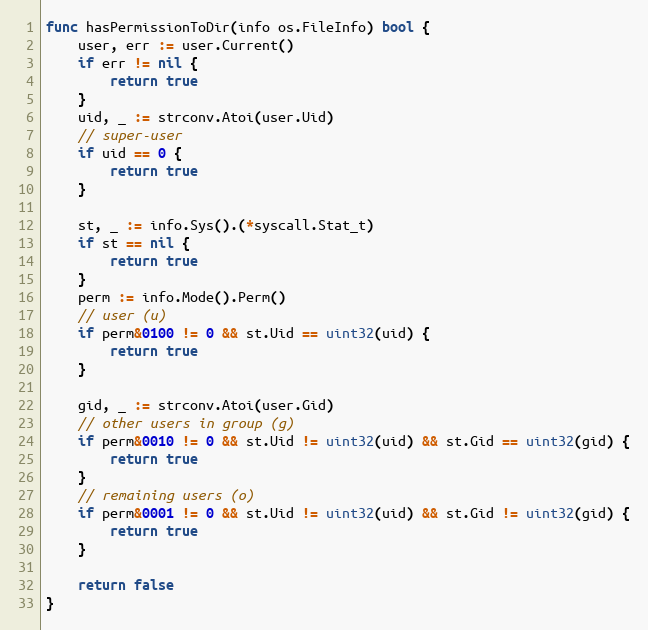
Language: Go
func hasPermissionToDir(info os.FileInfo) bool {
	user, err := user.Current()
	if err != nil {
		return true
	}
	uid, _ := strconv.Atoi(user.Uid)
	// super-user
	if uid == 0 {
		return true
	}

	st, _ := info.Sys().(*syscall.Stat_t)
	if st == nil {
		return true
	}
	perm := info.Mode().Perm()
	// user (u)
	if perm&0100 != 0 && st.Uid == uint32(uid) {
		return true
	}

	gid, _ := strconv.Atoi(user.Gid)
	// other users in group (g)
	if perm&0010 != 0 && st.Uid != uint32(uid) && st.Gid == uint32(gid) {
		return true
	}
	// remaining users (o)
	if perm&0001 != 0 && st.Uid != uint32(uid) && st.Gid != uint32(gid) {
		return true
	}

	return false
}